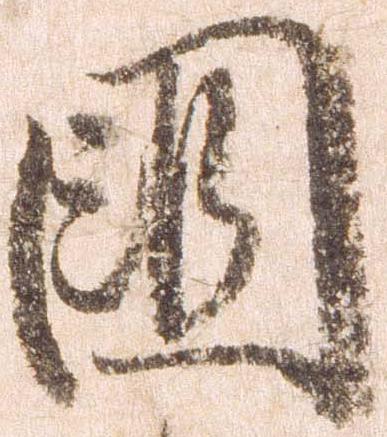
国